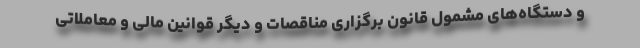
و دستگاه‌های مشمول قانون برگزاری مناقصات و دیگر قوانین مالی و معاملاتی